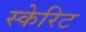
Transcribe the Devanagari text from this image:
स्केरिट